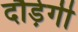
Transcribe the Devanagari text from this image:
दौड़ेगी